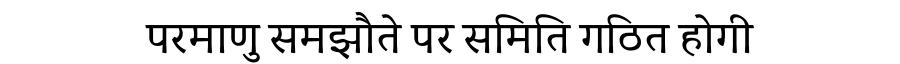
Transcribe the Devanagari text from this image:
परमाणु समझौते पर समिति गठित होगी